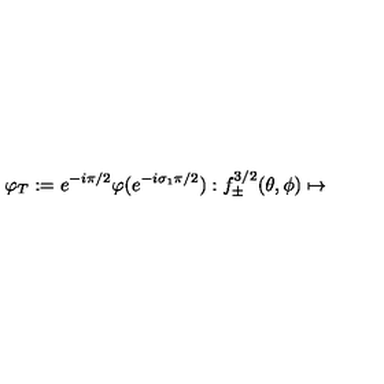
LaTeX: \varphi _ { T } : = e ^ { - i \pi / 2 } \varphi ( e ^ { - i \sigma _ { 1 } \pi / 2 } ) : f _ { \pm } ^ { 3 / 2 } ( \theta , \phi ) \mapsto